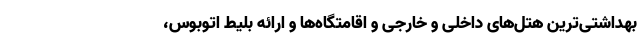
بهداشتی‌ترین هتل‌های داخلی و خارجی و اقامتگاه‌ها و ارائه بلیط اتوبوس،